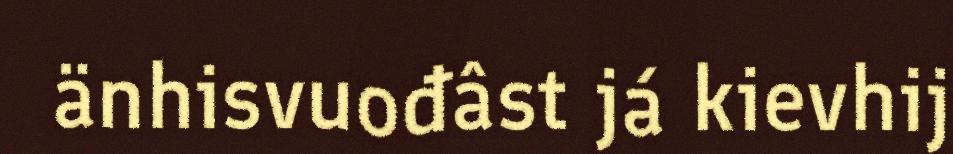
änhisvuođâst já kievhij